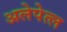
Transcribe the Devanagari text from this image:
अलेपेत्ल